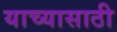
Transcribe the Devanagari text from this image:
याच्यासाठी